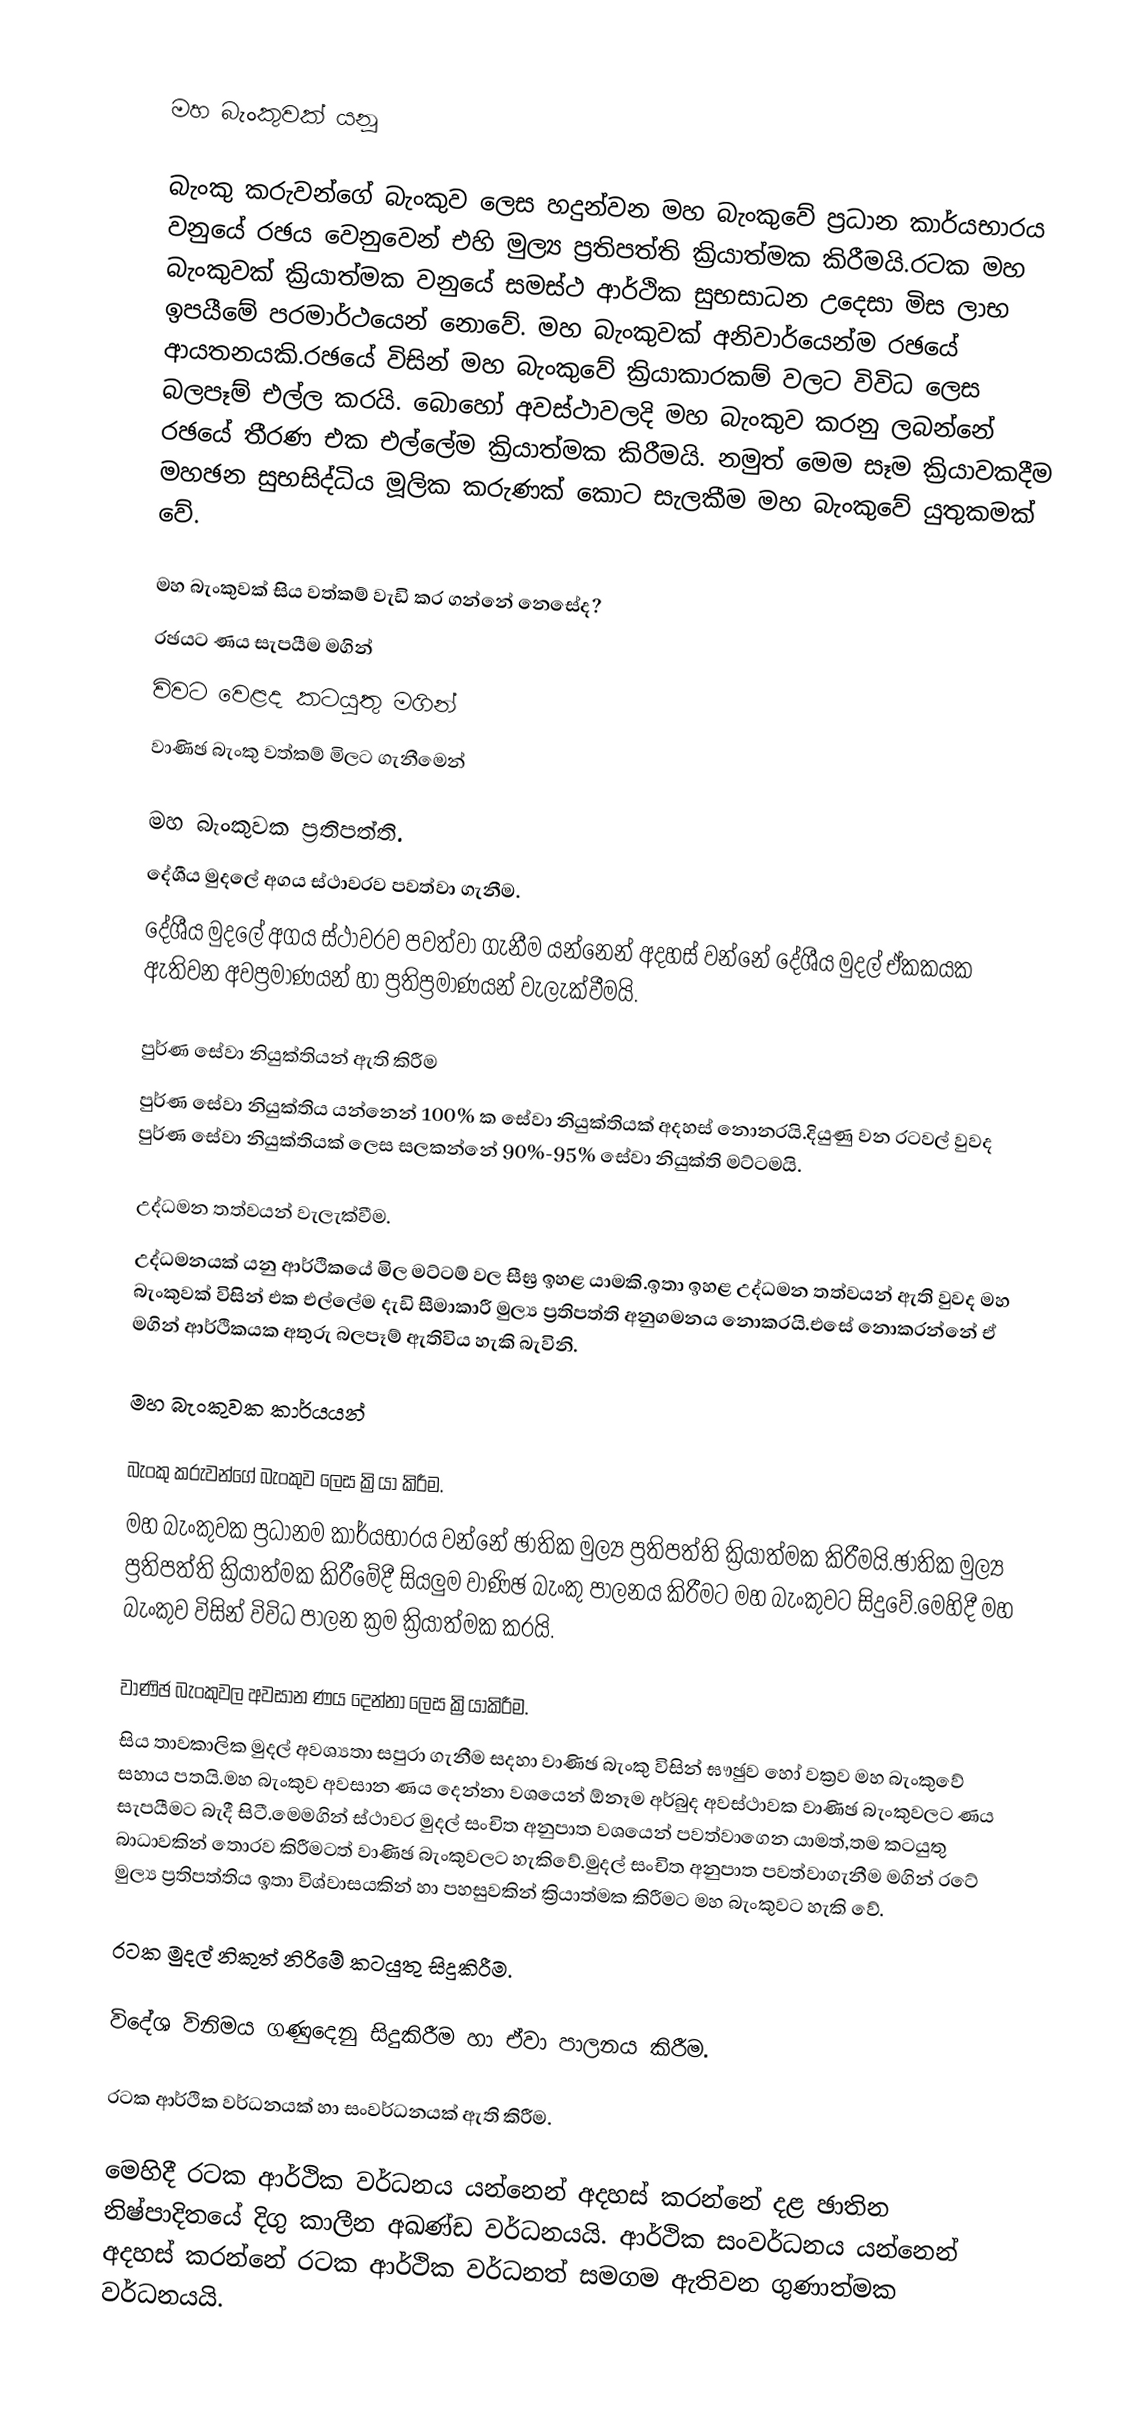

මහ බැංකුවක් යනූ‍‍

බැංකු කරුවන්ගේ බැංකුව ලෙස හදුන්වන මහ බැංකු‍වේ ප්‍රධාන කාර්යභාරය වනුයේ රඡය වෙනුවෙන් එහි මුල්‍ය ප්‍රතිපත්ති ක්‍රියාත්‍මක කිරීමයි.රටක මහ බැංකුවක් ක්‍රියාත්‍මක වනුයේ සමස්ථ  ආර්ථික සුභසාධන උ‍දෙසා මිස ලාභ ඉපයීමේ පරමාර්ථයෙන් නොවේ. මහ බැංකුවක් අනිවාර්යෙන්ම රඡයේ ආයතනයකි.රඡයේ විසින් මහ බැංකුවේ ක්‍රියාකාරකම් වලට විවිධ ලෙස බලපෑම් එල්ල කරයි. බොහෝ අවස්ථාවලදි මහ බැංකුව කරනු ලබන්නේ රඡයේ තීරණ එක එල්ලේම ක්‍රියාත්මක කිරීමයි. නමුත් මෙම සෑම ක්‍රියාවකදීම මහඡන සුභසිද්ධිය මූලික කරුණක් කොට සැලකීම මහ බැංකු‍වේ යුතුකමක් වේ.

මහ බැංකුවක් සිය වත්කම් වැඩි කර ගන්නේ නෙසේද?
රඡයට ණය සැපයීම මගින්
විවට වෙළද කටයූතු මගින්
වාණිඡ බැංකු වත්කම් මිලට ගැනීමෙන්

මහ බැංකුවක  ප්‍රතිපත්ති.
දේශීය මුදලේ අගය ස්ථාවරව පවත්වා ගැනීම.
	දේශීය මු⁣දලේ අගය ස්ථාවරව පවත්වා ගැනීම යන්නෙන් අදහස් වන්නේ දේශීය මුදල් ඒකකයක ඇතිවන අවප්‍රමාණයන් හා ප්‍රතිප්‍රමාණයන් වැලැක්වීමයි.

පුර්ණ සේවා නියුක්තියන් ඇති කිරීම
	පුර්ණ සේවා නියුක්තිය යන්නෙන් 100% ක සේවා නියුක්තියක් අදහස් නොනරයි.දියුණු වන රටවල්  වුවද පුර්ණ සේවා නියුක්තියක් ලෙස සලකන්නේ 90%-95% සේවා නියුක්ති මට්ටමයි.

උද්ධමන තත්වයන් වැලැක්වීම.
	උද්ධමනයක් යනු ආර්ථිකයේ මිල මට්ටම් වල සීඝ්‍ර ඉහළ යාමකි.ඉතා ඉහළ උද්ධමන තත්වයන් ඇති වුවද මහ බැංකුවක් විසින් එක එල්ලේම දැඩි සීමාකාරී මුල්‍ය ප්‍රතිපත්ති අනුගමනය නොකරයි.එසේ නොකරන්නේ ඒ මගින් ආර්ථිකයක අතුරු බලපෑම් ඇතිවිය හැකි බැවිනි.

මහ බැංකුවක කාර්යයන්

බැංකු කරුවන්ගේ බැංකුව ලෙස ක්‍රියා කිරීම.
	මහ බැංකුවක ප්‍රධානම කාර්යභාරය වන්නේ ඡාතික මුල්‍ය ප්‍රතිපත්ති ක්‍රියාත්‍මක කිරීමයි.ඡාතික මුල්‍ය ප්‍රතිපත්ති ක්‍රියාත්‍මක කිරීමේදී සියලුම වාණිඡ බැංකු පාලනය කිරීමට මහ බැංකුවට සිදුවේ.මෙහිදී මහ බැංකුව විසින් විවිධ පාලන ක්‍රම ක්‍රියාත්මක කරයි.

වාණිඡ බැංකුවල අවසාන ණය දෙන්නා ලෙස ක්‍රියාකිරීම.
	සිය තාවකාලික මුදල් අවශ්‍යතා සපුරා ගැනීම සදහා වාණිඡ බැංකු විසින් ඝෟඡුව හෝ වක්‍රව මහ බැංකුවේ සහාය පතයි.මහ බැංකුව අවසාන ණය දෙන්නා වශයෙන් ඕනෑම අර්බුද අවස්ථාවක වාණිඡ බැංකුවලට  ණය සැපයීමට බැදී සිටී.මෙමගින් ස්ථාවර මුදල් සංචිත අනුපාත වශයෙන් පවත්වාගෙන යාමත්,තම කටයුතු බාධාවකින් තොරව කිරීමටත් වාණිඡ බැංකුවලට හැකිවේ.මුදල් සංචිත අනුපාත පවත්වාගැනීම මගින් රටේ  මුල්‍ය ප්‍රතිපත්තිය ඉතා විශ්වාසයකින් හා පහසුවකින් ක්‍රියාත්‍මක කිරීමට මහ බැංකුවට හැකි වේ.

රටක මුදල් නිකුත් නිරිමේ කටයුතු සිදුකිරීම.

විදේශ විනිමය ගණුදෙනු සිදුකිරීම හා ඒවා පාලනය කිරීම.

රටක ආර්ථික වර්ධනයක් හා සංවර්ධනයක් ඇති කිරීම.

මෙහිදී රටක ආර්ථික වර්ධනය යන්නෙන් අදහස් කරන්නේ දළ ඡාතින නිෂ්පාදිතයේ දිගු කාලීන අඛණ්ඩ වර්ධනයයි. ආර්ථික  සංවර්ධනය යන්නෙන් අදහස් කරන්නේ රටක ආර්ථික වර්ධනත් සමගම ඇතිවන ගුණාත්මක වර්ධනයයි.